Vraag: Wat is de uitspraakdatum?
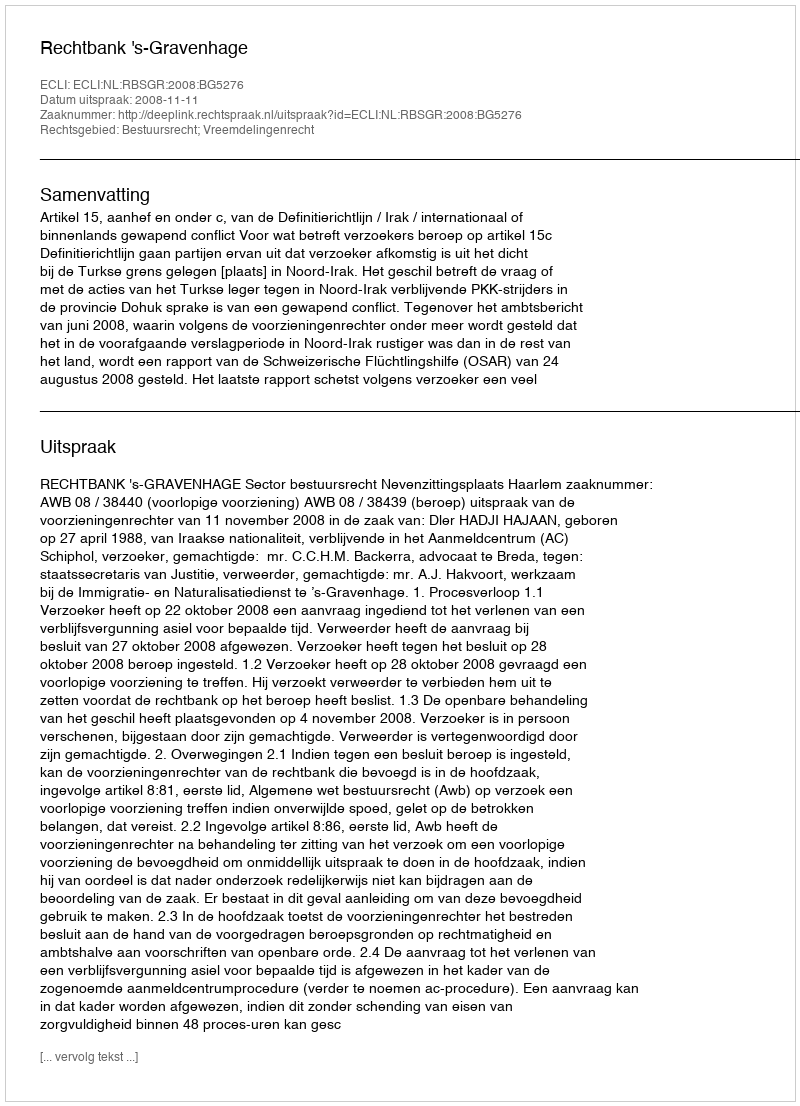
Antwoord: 2008-11-11